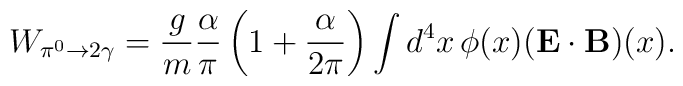
W_{\pi^0\to 2\gamma} = \frac{g}{m}\frac{\alpha}{\pi} \left( 1+  \frac{\alpha}{2\pi} \right) \int d^4x\, \phi(x) (\mathbf{E\cdot B})(x).